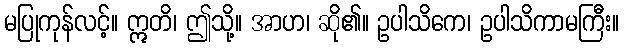
မပြုကုန်လင့်။ ဣတိ၊ ဤသို့။ အာဟ၊ ဆို၏။ ဥပါသိကေ၊ ဥပါသိကာမကြီး။